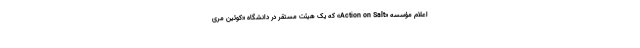
اعلام مؤسسه «Action on Salt» که یک هیئت مستقر در دانشگاه «کوئین مری